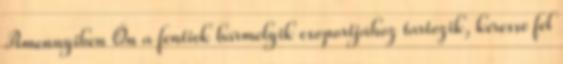
Amennyiben Ön a fentiek bármelyik csoportjához tartozik, keresse fel